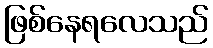
ဖြစ်နေရလေသည်